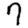
Digit: 7